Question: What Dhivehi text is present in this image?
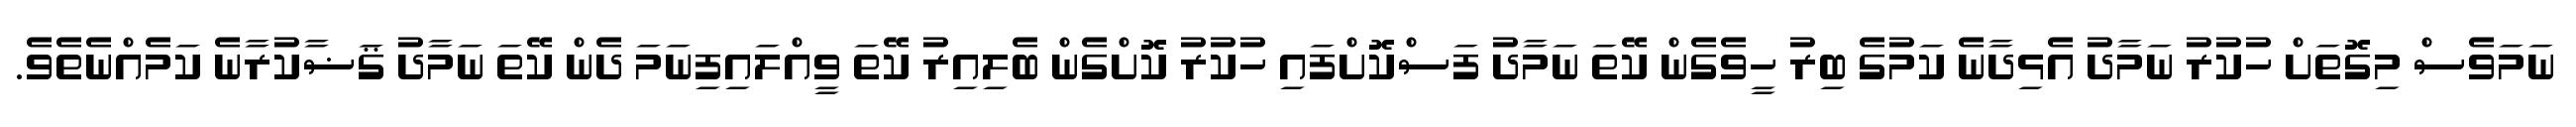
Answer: ނަމަވެސް މިގޮތަށް ހުކުރު ނަމާދު އެޅިދާނެ ކަމުގެ ބިރު ހީވެގެން ކޭތަ ނަމާދު ފަސްކޮށްފައި ހުކުރު ކޮށްގެން ބެލިއިރު ކޭތަ ވީއްލައިފިނަމަ ދެން ކޭތަ ނަމާދު ޤަޟާކުރާނެ ކަމެއްނެތެވެ.